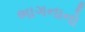
ભાગનાનો